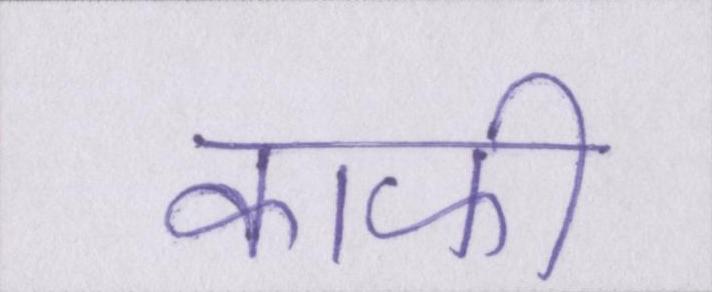
काफी